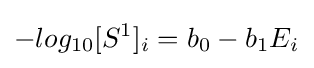
-log_{10}[S^{1}]_{i}=b_{0}-b_{1}E_{i^{}}